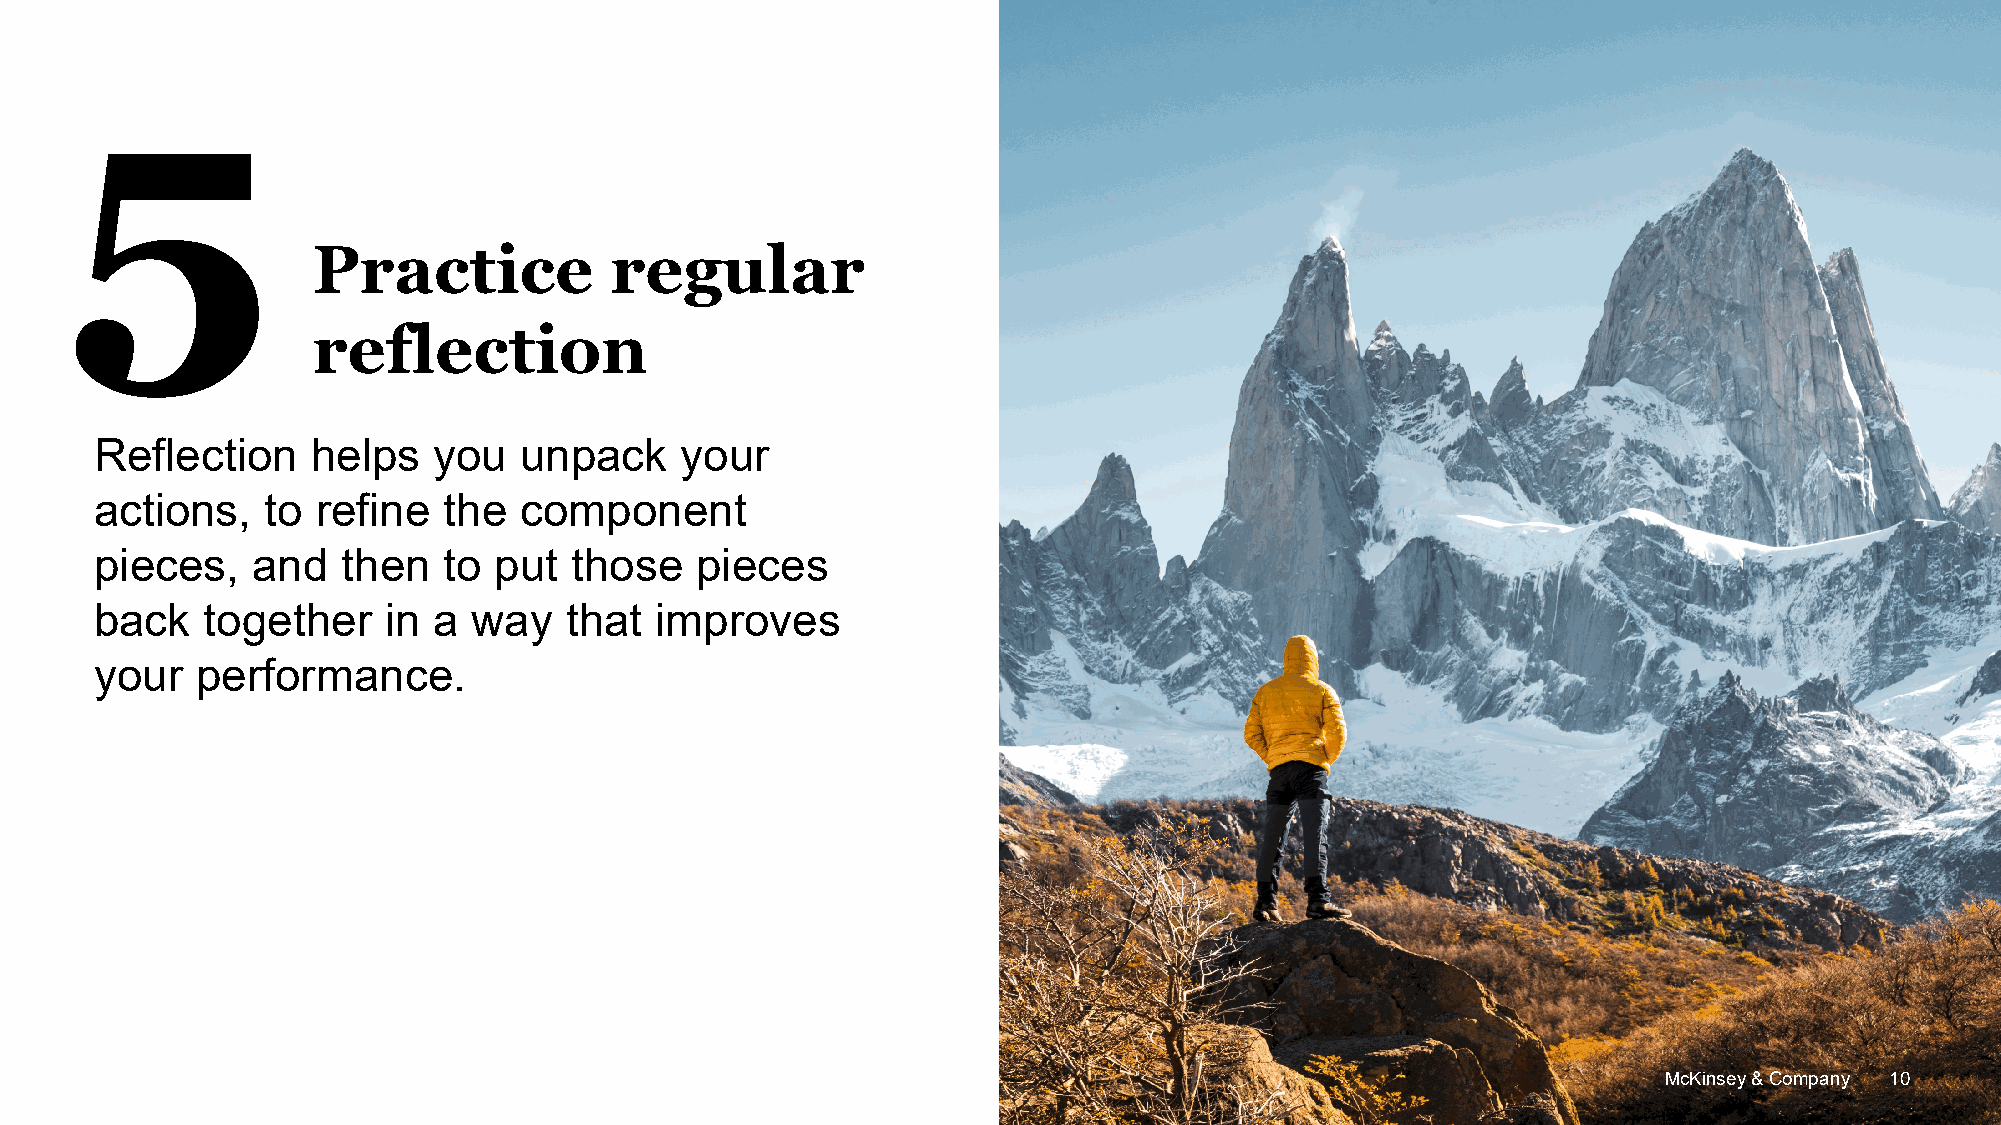
5
 Practice           regular
 reflection
 Reflection     helps   you  unpack     your
 actions,    to refine  the  component
 pieces,    and   then  to  put  those   pieces
 back   together    in  a way   that  improves
 your   performance.
 MMccKKiinnsseeyy && CCoommppaannyy 1100